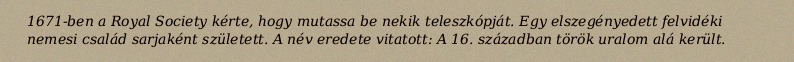
1671-ben a Royal Society kérte, hogy mutassa be nekik teleszkópját. Egy elszegényedett felvidéki nemesi család sarjaként született. A név eredete vitatott: A 16. században török uralom alá került.